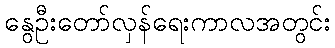
နွေဦးတော်လှန်ရေးကာလအတွင်း